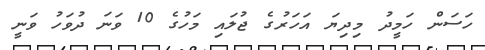
ހަސަން ހަމީދު މިދިޔަ އަހަރުގެ ޖުލައި މަހުގެ 10 ވަނަ ދުވަހު ވަނީ